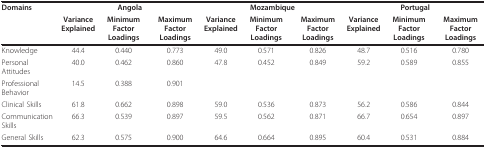
<table><thead><tr><td><b>Domains</b></td><td colspan="3"><b>Angola</b></td><td colspan="3"><b>Mozambique</b></td><td colspan="3"><b>Portugal</b></td></tr><tr><td></td><td><b>Variance Explained</b></td><td><b>Minimum Factor Loadings</b></td><td><b>Maximum Factor Loadings</b></td><td><b>Variance Explained</b></td><td><b>Minimum Factor Loadings</b></td><td><b>Maximum Factor Loadings</b></td><td><b>Variance Explained</b></td><td><b>Minimum Factor Loadings</b></td><td><b>Maximum Factor Loadings</b></td></tr></thead><tbody><tr><td>Knowledge</td><td>44.4</td><td>0.440</td><td>0.773</td><td>49.0</td><td>0.571</td><td>0.826</td><td>48.7</td><td>0.516</td><td>0.780</td></tr><tr><td>Personal Attitudes</td><td>40.0</td><td>0.462</td><td>0.860</td><td>47.8</td><td>0.452</td><td>0.849</td><td>59.2</td><td>0.589</td><td>0.855</td></tr><tr><td>Professional Behavior</td><td>14.5</td><td>0.388</td><td>0.901</td><td></td><td></td><td></td><td></td><td></td><td></td></tr><tr><td>Clinical Skills</td><td>61.8</td><td>0.662</td><td>0.898</td><td>59.0</td><td>0.536</td><td>0.873</td><td>56.2</td><td>0.586</td><td>0.844</td></tr><tr><td>Communication Skills</td><td>66.3</td><td>0.539</td><td>0.897</td><td>59.5</td><td>0.562</td><td>0.871</td><td>66.7</td><td>0.654</td><td>0.897</td></tr><tr><td>General Skills</td><td>62.3</td><td>0.575</td><td>0.900</td><td>64.6</td><td>0.664</td><td>0.895</td><td>60.4</td><td>0.531</td><td>0.884</td></tr></tbody></table>